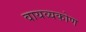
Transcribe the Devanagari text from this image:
वायव्यकोण